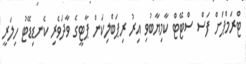
ޓްރަމްޕަށް ފަސް ސްޓޭޓް ކާމިޔާބުވި އިރު ރިޕަަބްލިކަން ޕާޓީގެ ވާދަވެރި ކެނޑިޑޭޓު ހިލަރީ